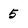
Character: 5